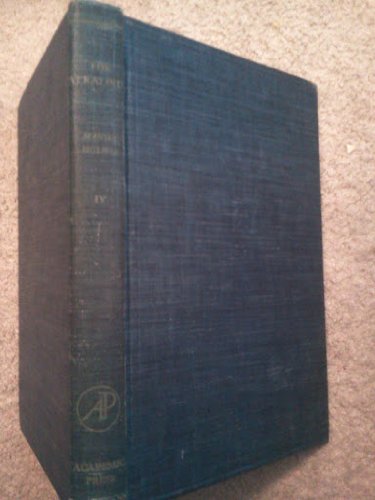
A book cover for The Alkaloids Chemistry and Physiology Vol 4; Science & Math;